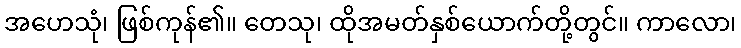
အဟေသုံ၊ ဖြစ်ကုန်၏။ တေသု၊ ထိုအမတ်နှစ်ယောက်တို့တွင်။ ကာလော၊